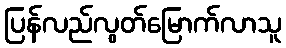
ပြန်လည်လွတ်မြောက်လာသူ